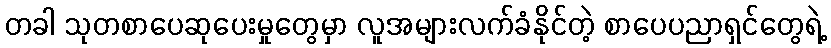
တခါ သုတစာပေဆုပေးမှုတွေမှာ လူအများလက်ခံနိုင်တဲ့ စာပေပညာရှင်တွေရဲ့